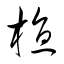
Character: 植